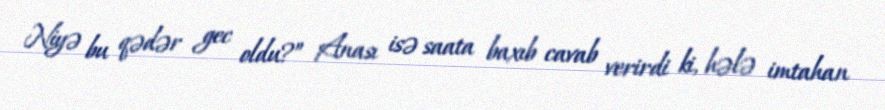
Niyə bu qədər gec oldu?” Anası isə saata baxıb cavab verirdi ki, hələ imtahan